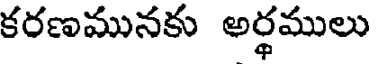
కరణమునకు అర్థములు